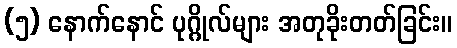
(၅) နောက်နောင် ပုဂ္ဂိုလ်များ အတုခိုးတတ်ခြင်း။